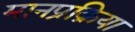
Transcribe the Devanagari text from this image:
मानप्रक्रिया